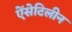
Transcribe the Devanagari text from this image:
ऐंसेटिलीन